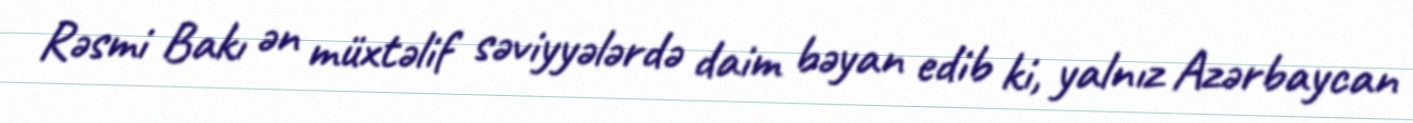
Rəsmi Bakı ən müxtəlif səviyyələrdə daim bəyan edib ki, yalnız Azərbaycan